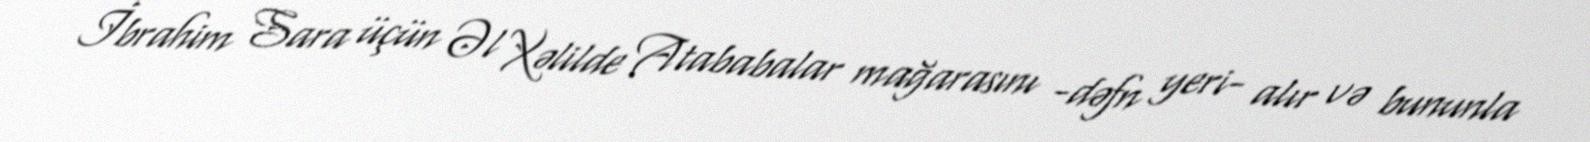
İbrahim Sara üçün Əl Xəlilde Atababalar mağarasını -dəfn yeri- alır və bununla